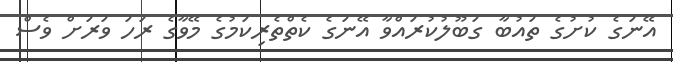
އޭނަގެ ކުށުގެ ތައުބާ ގަބޫލުކުރައްވާ އޭނަގެ ކެތްތެރިކަމުގެ މޭވާގެ ރަހަ ވަރަށް ވެސް